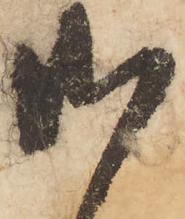
御